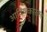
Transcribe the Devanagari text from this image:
आविष्कारक।